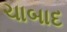
ચાબાદ